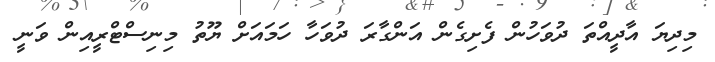
މިދިޔަ އާދީއްތަ ދުވަހުން ފެށިގެން އަންގާރަ ދުވަހާ ހަމައަށް ޔޫތު މިނިސްޓްރީއިން ވަނީ